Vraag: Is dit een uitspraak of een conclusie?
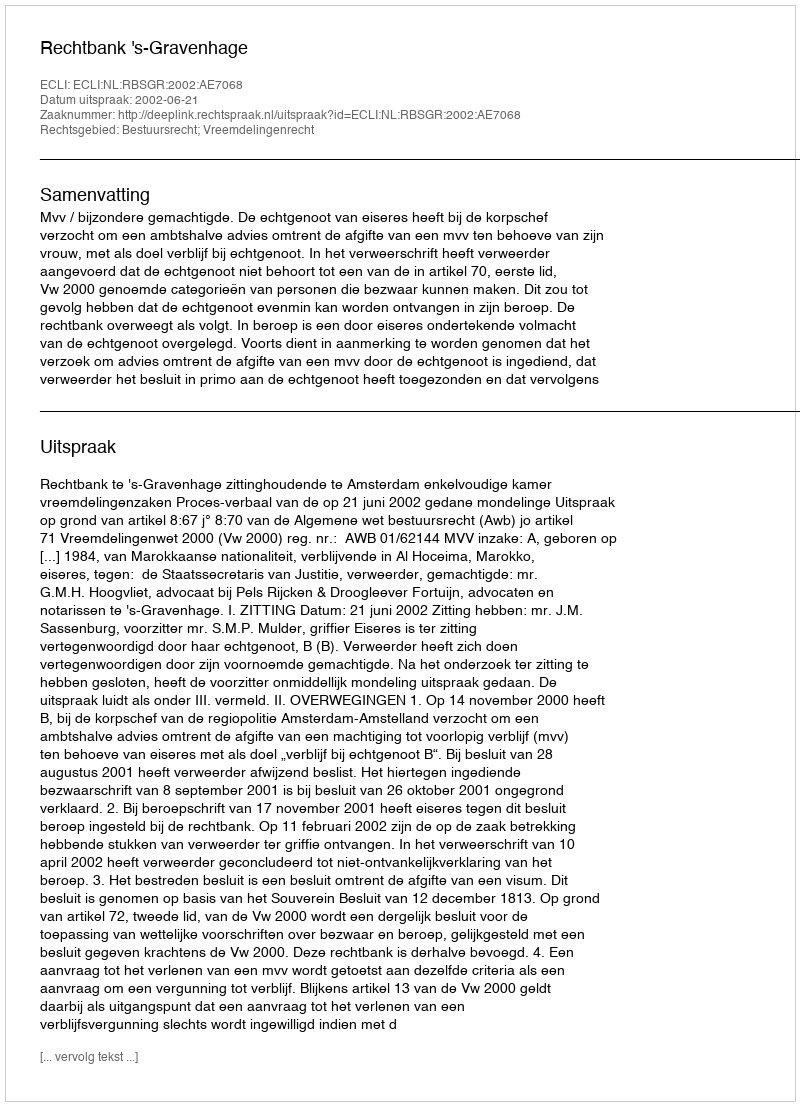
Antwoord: Uitspraak